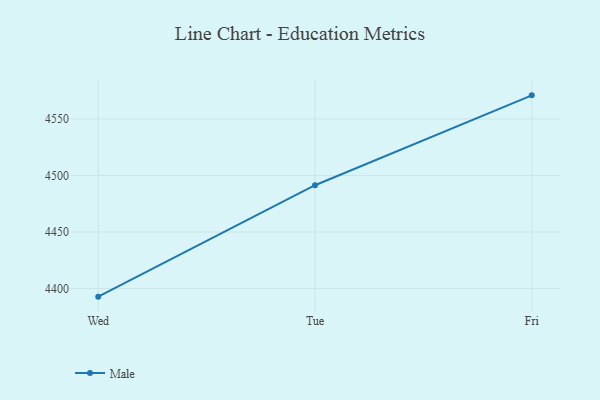
{"axis": {"x": "Day", "y": "Revenue (USD Million)"}, "legend": ["Male"], "data": [{"x": "Wed", "y": 4392.8, "type": "Male"}, {"x": "Tue", "y": 4491.4, "type": "Male"}, {"x": "Fri", "y": 4570.9, "type": "Male"}]}